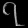
Digit: ၇